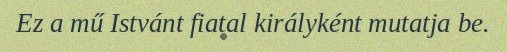
Ez a mű Istvánt fiatal királyként mutatja be.